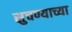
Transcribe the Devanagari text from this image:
सुचण्याच्या